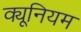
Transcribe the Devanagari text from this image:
क्यूनियम